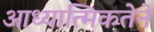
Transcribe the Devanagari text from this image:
आध्यात्मिकतेने